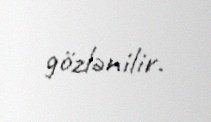
gözlənilir.